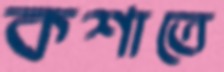
কশাতে